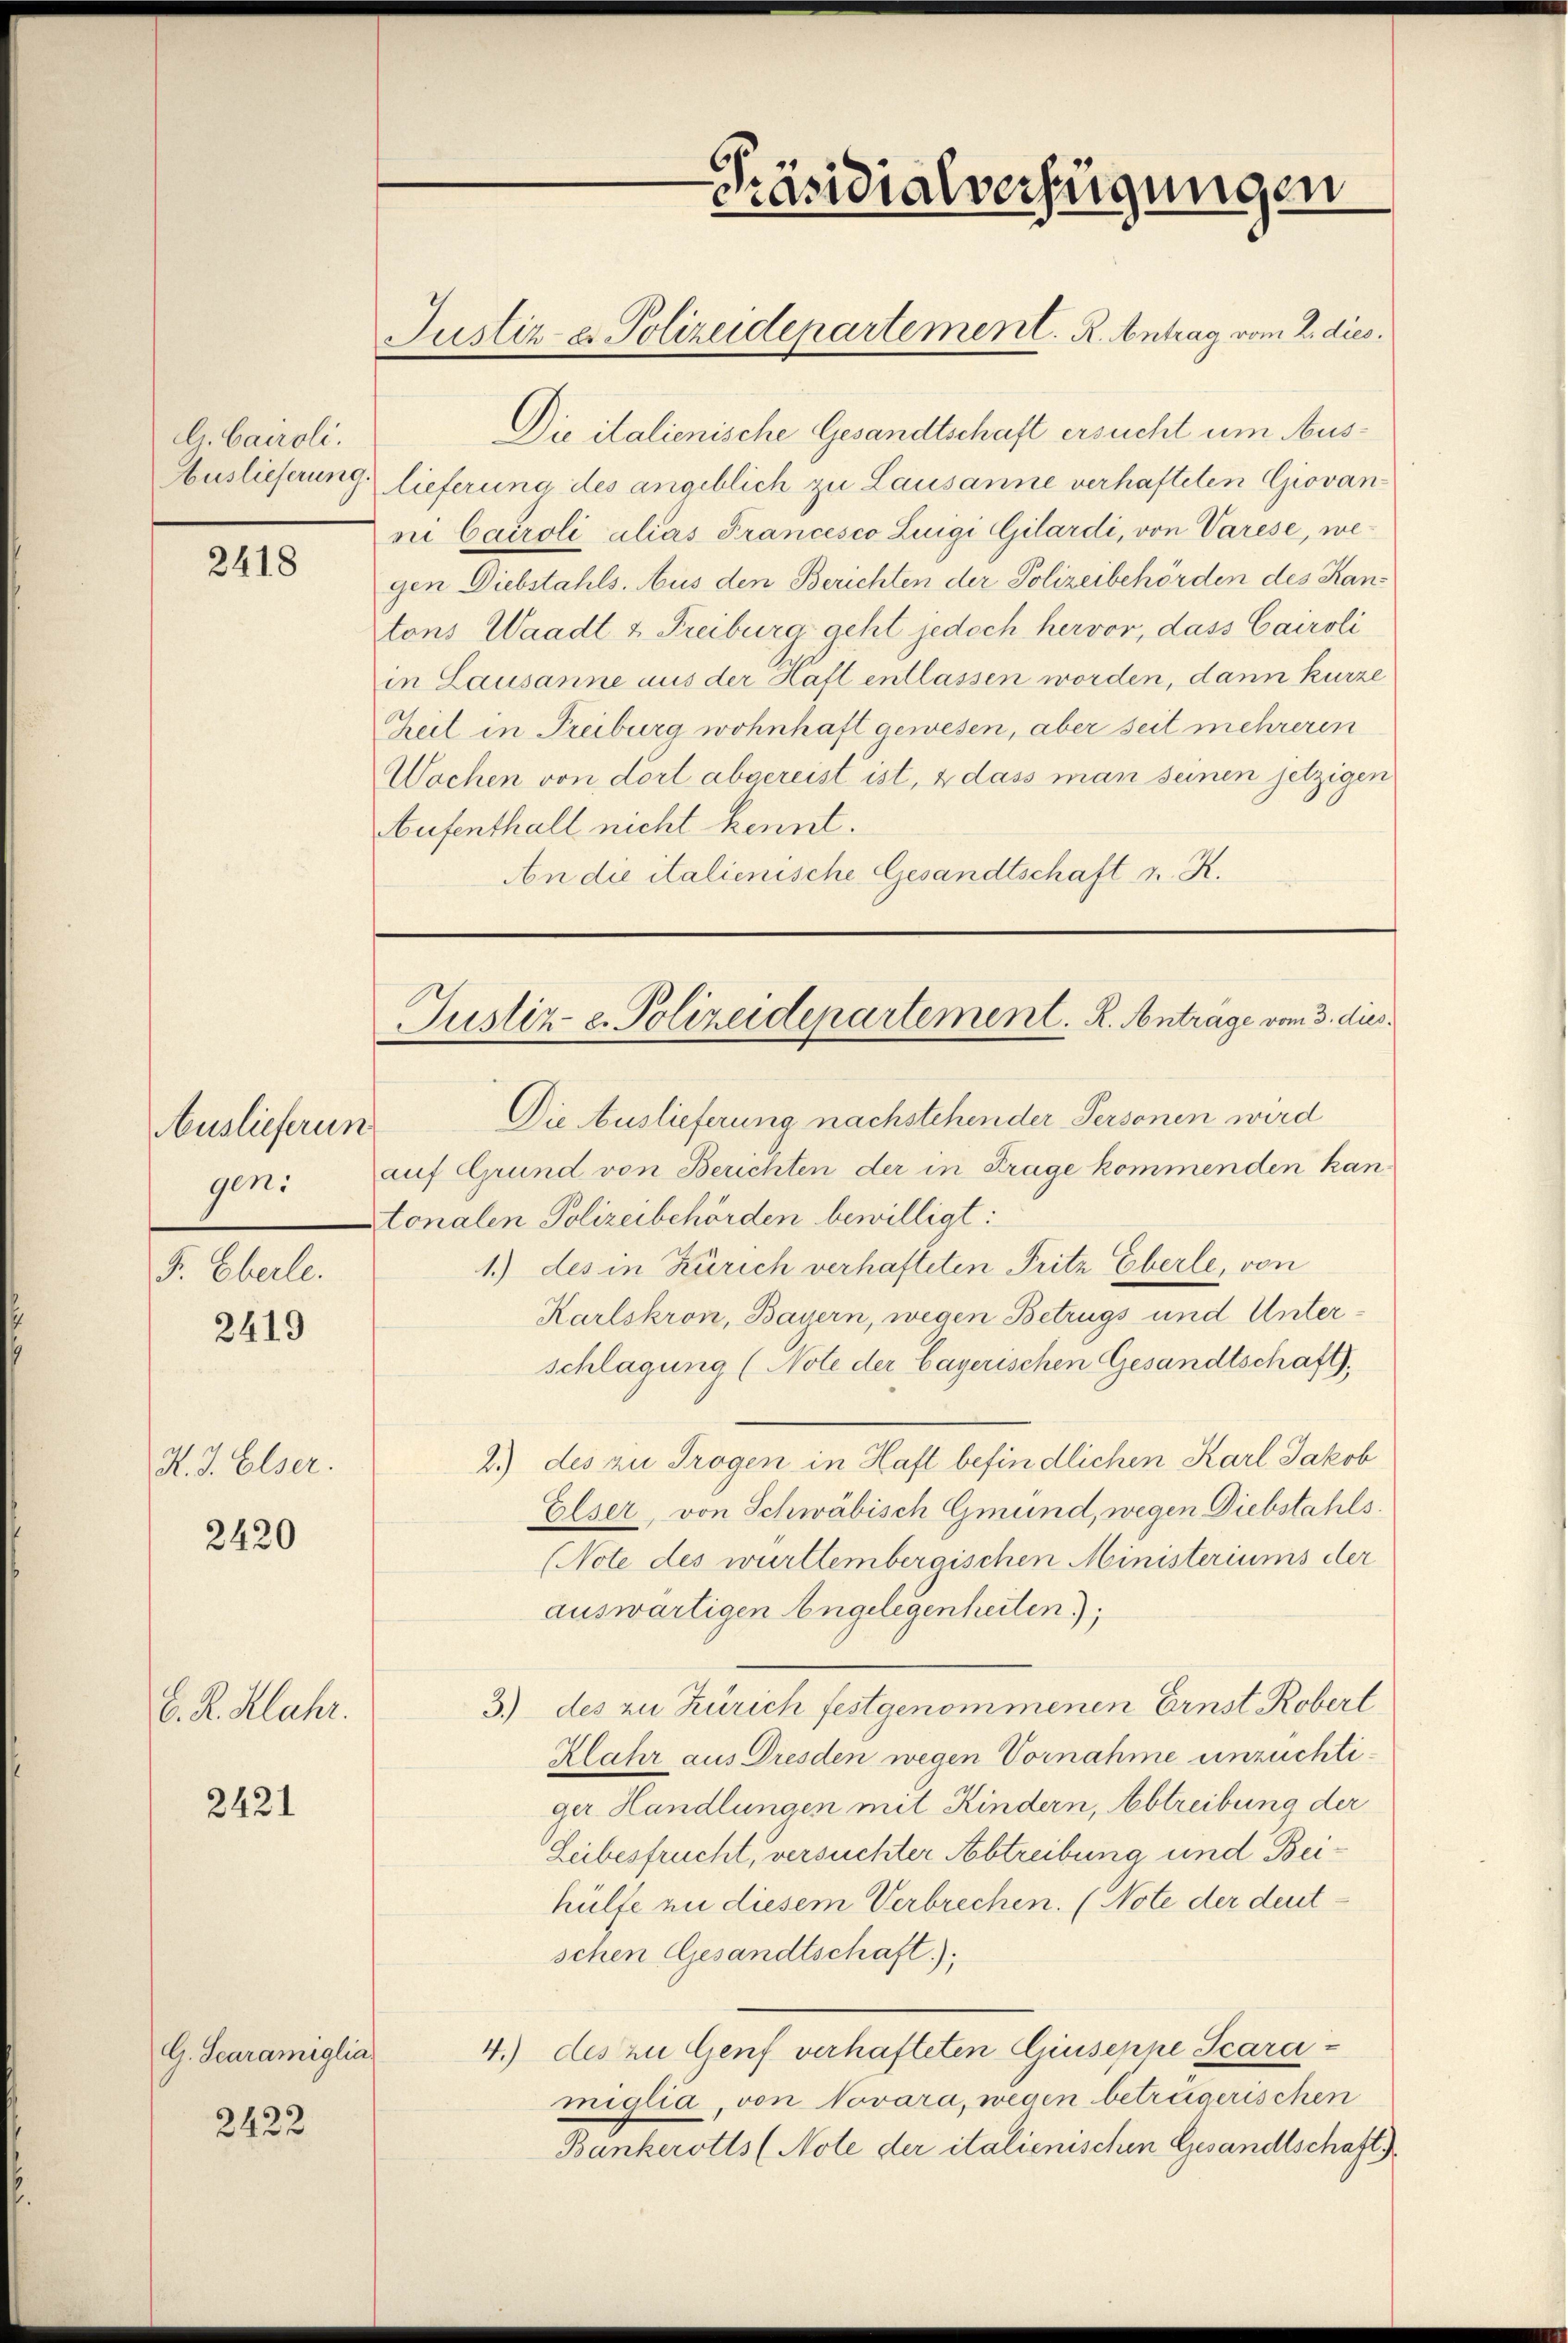
G. Caroli.

2418

Auslieferung
F. Eberle.

2419

K. J. Elser.

2420

C. R. Klahr.

2421

Die italienische Gesandtschaft ersucht um Aus¬
Auslieferung lieferung des angeblich zu Lausanne verhafteten Giovanni Cairoli alias Francesco Luigi Gilardi, von Varese, wegen Diebstahls. Aus den Berichten der Polizeibehörden des Kantons Waadt & Freiburg geht jedoch hervor, dass Cairoli
in Lausanne aus der Hatt entlassen worden, dann kurze
Zeit in Treiburg wohnhaft gewesen, aber seit mehreren
Wochen von dort abgereist ist, & dass man seinen jetzigen
Aufenthalt nicht kennt.
An die italienische Gesandtschaft z. K.

G. Scaramiglia
2422

Justiz- u. Polizeidepartement. K. Anträge vom 3. dies

Die Auslieferung nachstehender Personen wird
gen: auf Grund von Berichten der in Frage kommenden kan¬
Atonalen Polizeibehörden bewilligt:
1.) des in Zürich verhafteten Fritz Eberle, von
Karlskron, Bayern, wegen Betrugs und Unterschlagung (Note der Bayerischen Gesandtschaft,
2.) des zu Trogen in Haft befindlichen Karl Jakob
Elser, von Schwäbisch Gmund, wegen Diebstahls.
Note des württemberaischen Ministeriums der
auswärtigen Angelegenheiten);
3) des zu Zürich festgenommenen Ernst Robert
Klahr aus Dresden wegen Vornahme unzuchtiger Handlungen mit Kindern, Abtreibung der
Leibesfrucht, versuchter Abtreibung und Beihülfe an diesem Verbrechen. (Note der deutschen Gesandtschaft).
4.) des zu Genf verhafteten Giuseppe Scaramiglia, von Novara, wegen betrügerischen
Bankerotts (Note der italienischen Gesandtschaft)

Justiz u. Polizeidepartement. R. Antrag vom 2. dies.

6
Präsidialverfügungen